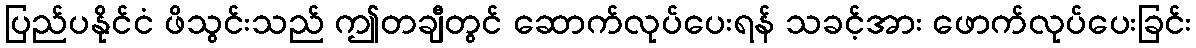
ပြည်ပနိုင်ငံ ဖိသွင်းသည် ဤတချီတွင် ဆောက်လုပ်ပေးရန် သခင့်အား ဖောက်လုပ်ပေးခြင်း